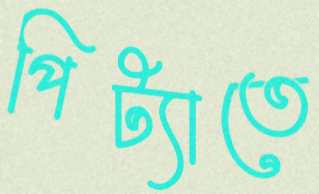
পিট্যাতে